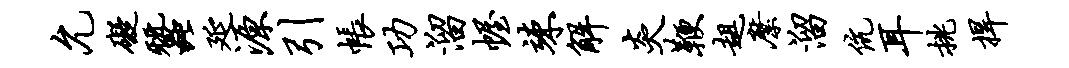
允碍蚕延源引帐功溜幄竦解炎鞭趄縻溜伉耳挑捍